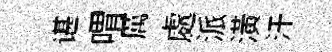
谌喟厲處派潢汗